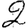
Digit: 2